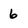
Character: 6